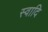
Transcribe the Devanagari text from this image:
स्वादि